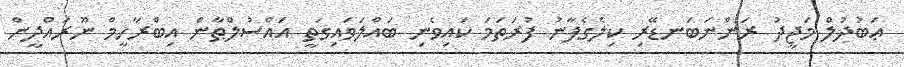
ޢަބުދުލް މަޖީދު ރަންނަބަނޑޭރި ކިލެގެފާނު ފުރަތަމަ ކައިވެނި ބައްލަވައިގަތީ އައްސުލްޠާން އިބްރާހީމް ނޫރައްދީން